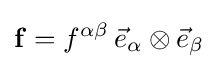
\mathbf {f} =f^{\alpha \beta }\,{\vec {e}}_{\alpha }\otimes {\vec {e}}_{\beta }